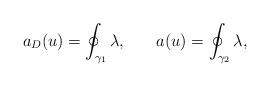
\begin{align*}a_{D}(u)=\oint_{\gamma_{1}}\lambda, \: \: \: \: \: \: \: \:a(u)=\oint_{\gamma_{2}}\lambda,\end{align*}